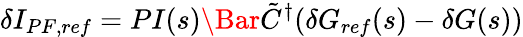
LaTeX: \delta I_{PF,ref}=PI(s)\Bar{\tilde{C}}^{\dagger}(\delta G_{ref}(s)-\delta G(s))